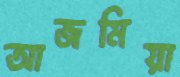
আজমিয়া